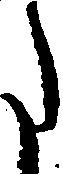
た